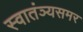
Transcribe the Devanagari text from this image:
स्वातंञ्यसमर